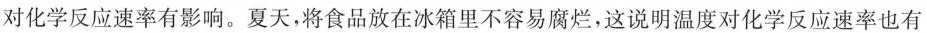
对化学反应速率有影响。夏天，将食品放在冰箱里不容易腐烂，这说明温度对化学反应速率也有